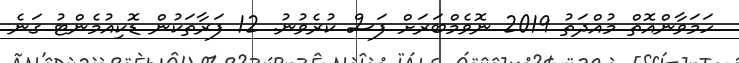
ހަމަވާންއޮތް މުއްދަތު 2019 ނޮވެމްބަރަށް ފަސް ކުރެވުނު. 12 ފަރާތަކުން ޑޮކިއުމެންޓު ގަނެ